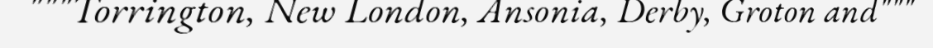
"""Torrington, New London, Ansonia, Derby, Groton and"""